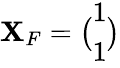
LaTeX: \mathbf{X}_{F}=\big(\begin{array}{l}{1}\\ {1}\end{array}\big)